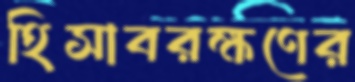
হিসাবরক্ষণের